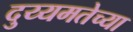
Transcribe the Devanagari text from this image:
दुय्यमतेच्या